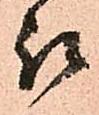
被